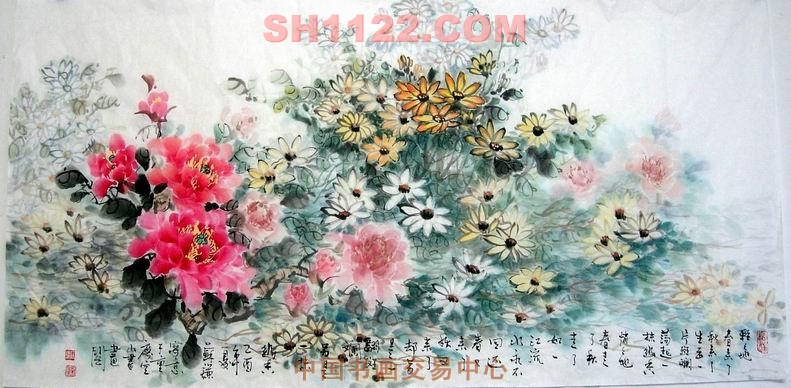
冉冉年华吾自老。水满汀洲，何处寻芳草。